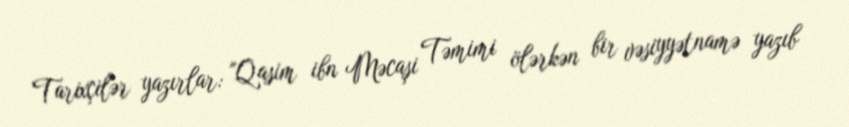
Tarixçilər yazırlar: "Qasim ibn Məcaşi Təmimi ölərkən bir vəsiyyətnamə yazıb